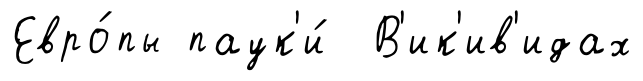
Евро́пы паук'и́ В'ик'ив'идах